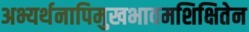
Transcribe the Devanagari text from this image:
अभ्यर्थनापिमुखभावमशिक्षितेन